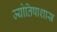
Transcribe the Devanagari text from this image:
ज्योतिषाशास्र